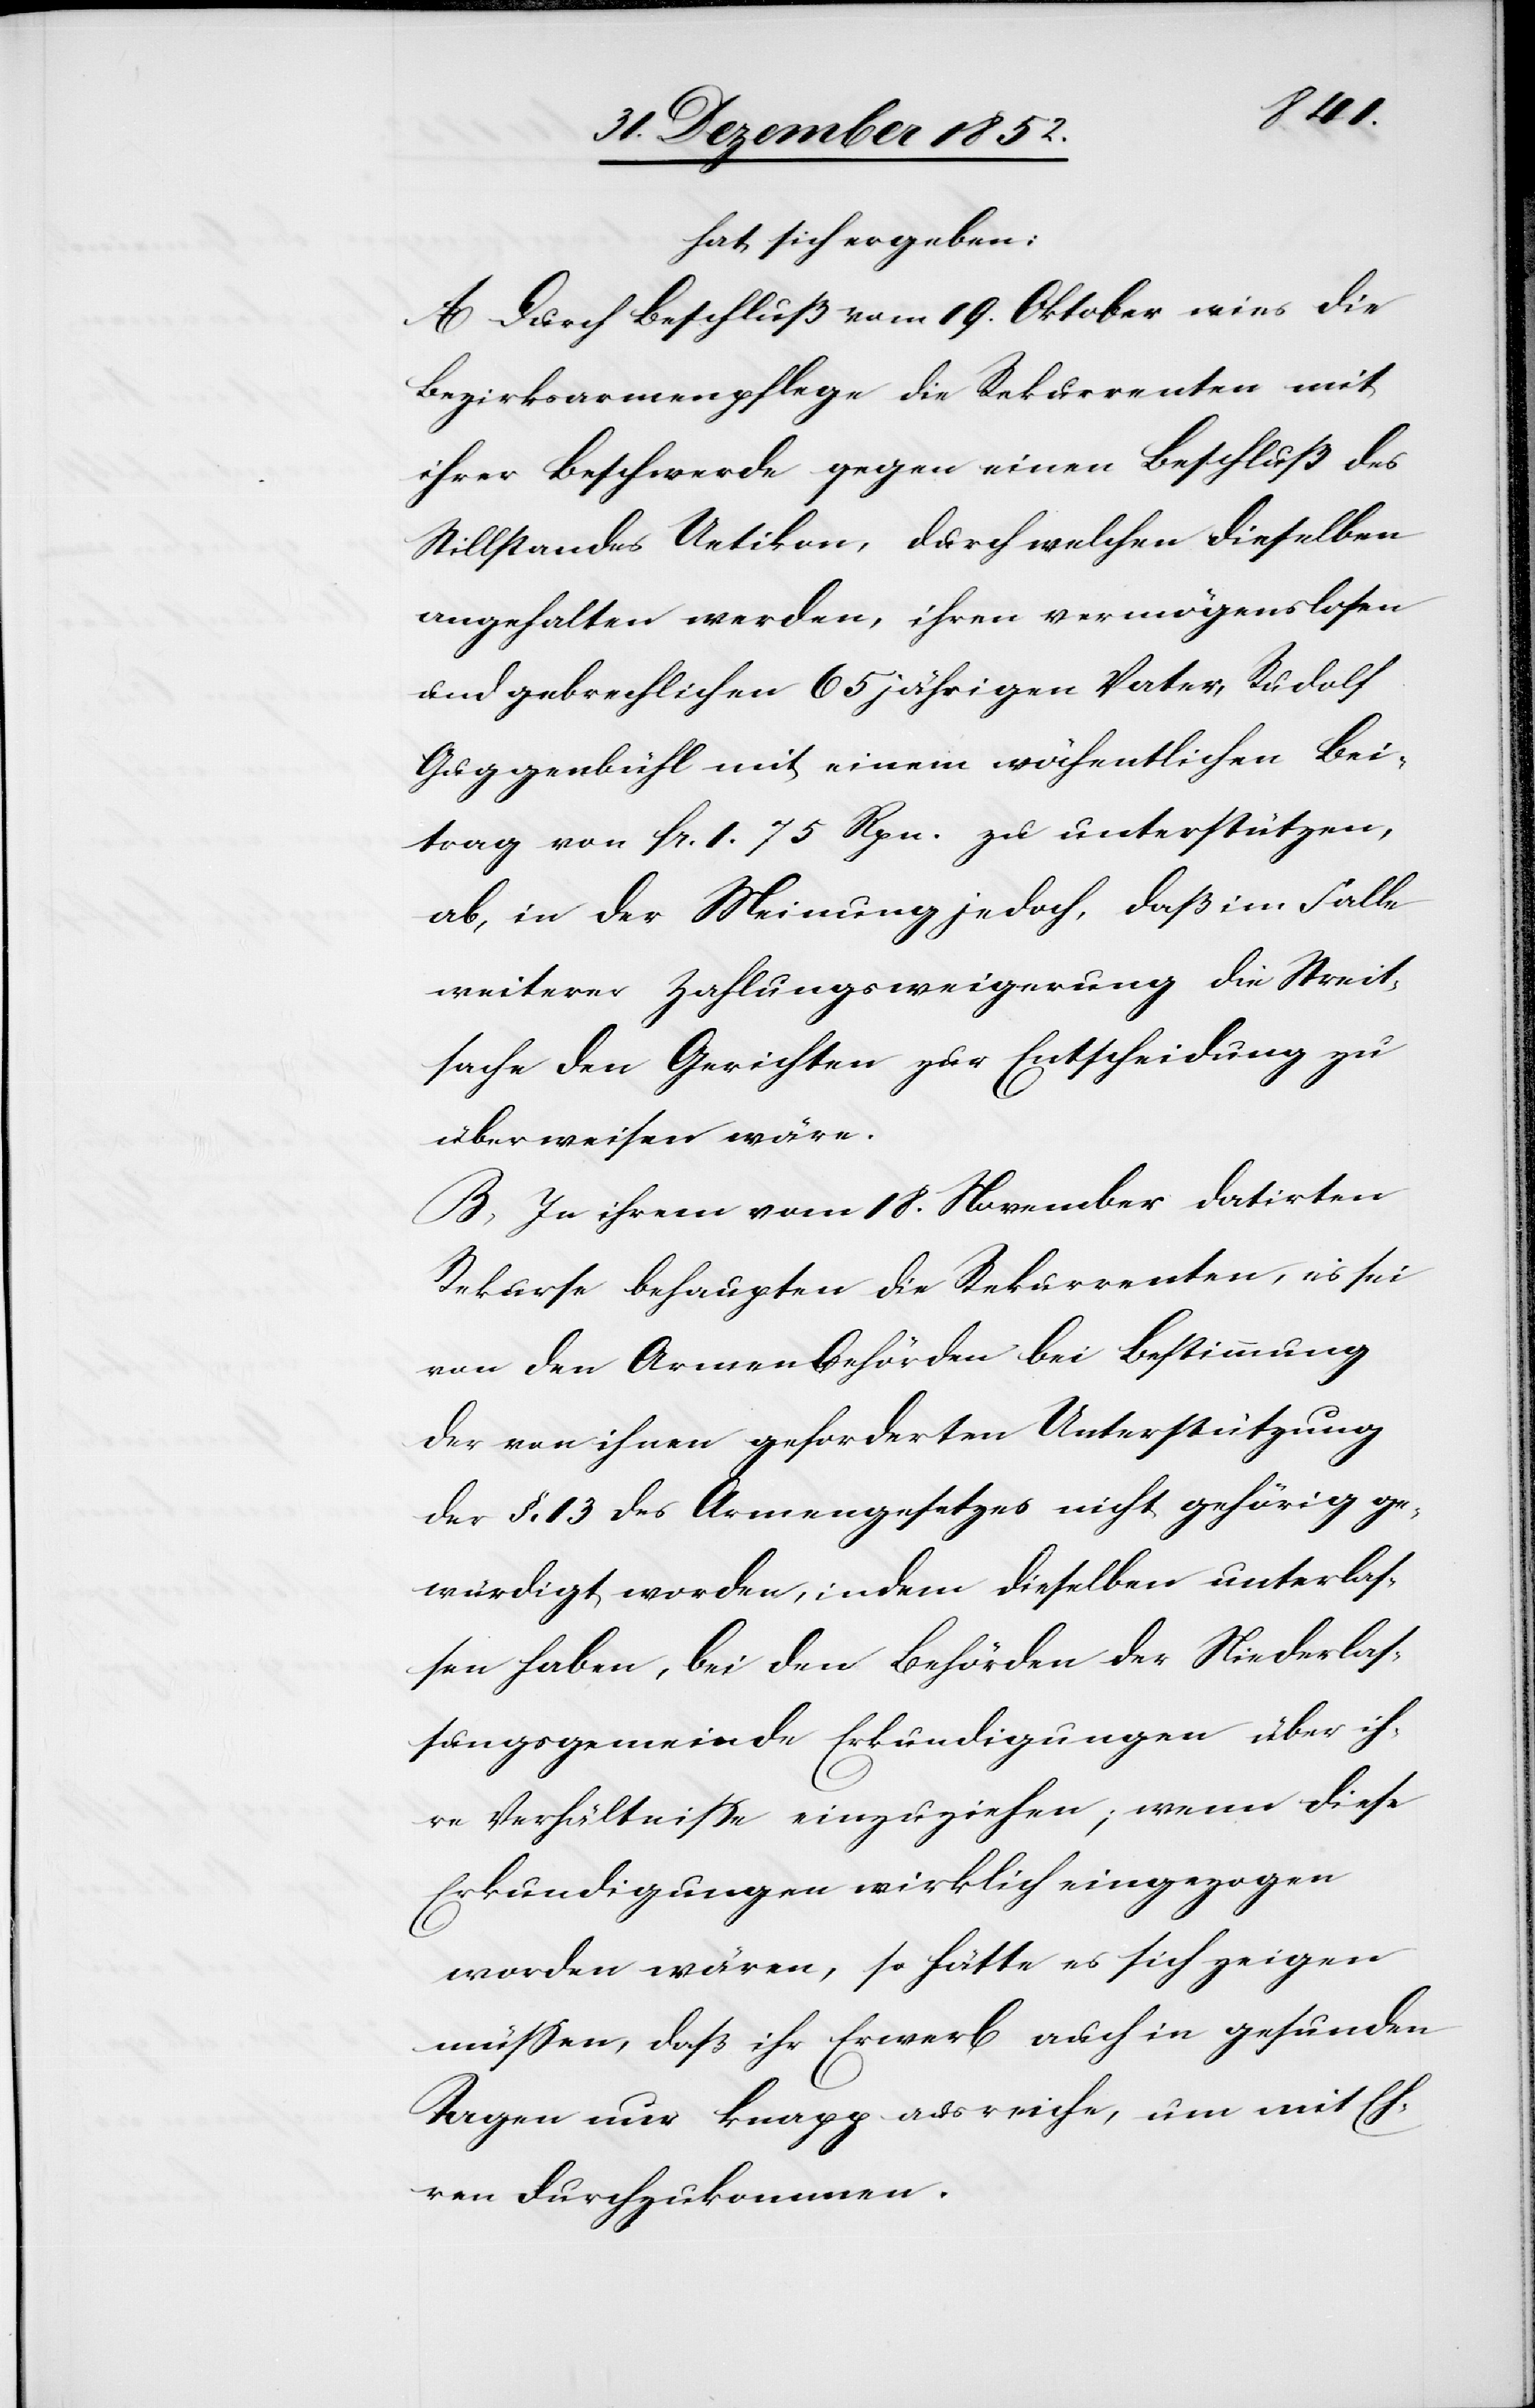
hat sich ergeben:
A Durch Beschluß vom 19. Oktober wies die
Bezirksarmenpflege die Rekurrenten mit
ihrer Beschwerde gegen einen Beschluß des
Stillstandes Uetikon, durch welchen dieselben
angehalten werden, ihren vermögenslosen
und gebrechlichen 65 jährigen Vater, Rudolf
Guggenbühl mit einem wöchentlichen Bei¬
trag von Fr. 1. 75 Rpn. zu unterstützen,
ab, in der Meinung jedoch, daß im Falle
weiterer Zahlungsweigerung die Streit¬
sache den Gerichten zur Entscheidung zu
überweisen wäre.
B, In ihrem vom 18. November datirten
Rekurse behaupten die Rekurrenten, es sei
von den Armenbehörden bei Bestimmung
der von ihnen geforderten Unterstützung
der §. 13 des Armengesetzes nicht gehörig ge¬
würdigt worden, indem dieselben unterlas¬
sen haben, bei den Behörden der Niederlas¬
sungsgemeinde Erkundigungen über ih¬
re Verhältnisse einzuziehen; wenn diese
Erkundigungen wirklich eingezogen
worden wären, so hätte es sich zeigen
müssen, daß ihr Erwerb auch in gesunden
Tagen nur knapp ausreiche, um mit Eh¬
ren durchzukommen.